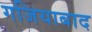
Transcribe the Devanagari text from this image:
गजियाबाद